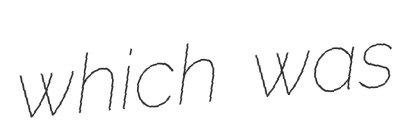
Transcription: which was